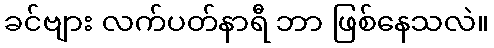
ခင်ဗျား လက်ပတ်နာရီ ဘာ ဖြစ်နေသလဲ။